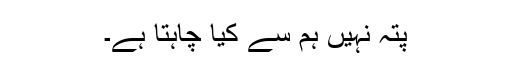
پتہ نہیں ہم سے کیا چاہتا ہے۔